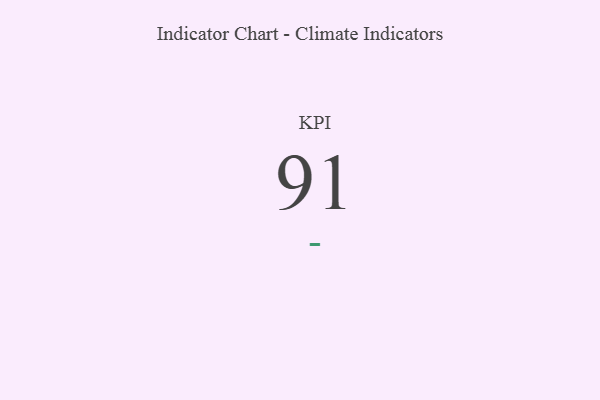
{"axis": {"x": "KPI", "y": "Value"}, "legend": [""], "data": [{"x": "KPI", "y": 91, "type": ""}]}